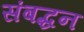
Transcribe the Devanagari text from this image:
संबद्धन